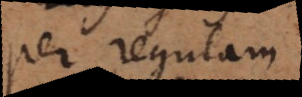
per regulam